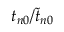
t _ { n 0 } / \widetilde t _ { n 0 }